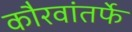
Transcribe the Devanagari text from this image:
कौरवांतर्फे